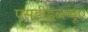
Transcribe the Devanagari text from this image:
एसडीडब्ल्यूए